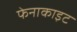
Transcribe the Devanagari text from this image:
फेनाकाइट